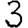
Digit: 3